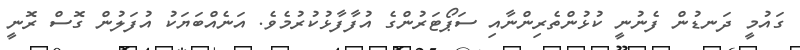
ގައުމީ ދަނޑުން ފެނުނީ ކުޅުންތެރިންނާއި ސަޕޯޓަރުންގެ އުފާފާޅުކުރުމެވެ. އަނެއްބަޔަކު އުފަލުން ގޮސް ރޮނީ